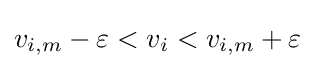
v_{i,m}-\varepsilon <v_{i}<v_{i,m}+\varepsilon